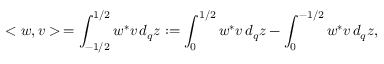
< w , v > \, = \int _ { - 1 / 2 } ^ { 1 / 2 } w ^ { * } v \, d _ { q } z : = \int _ { 0 } ^ { 1 / 2 } w ^ { * } v \, d _ { q } z - \int _ { 0 } ^ { - 1 / 2 } w ^ { * } v \, d _ { q } z ,